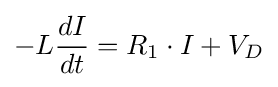
-L{dI \over dt}=R_{1}\cdot I+V_{D}